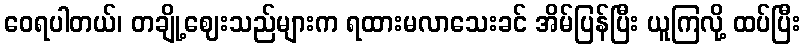
ဝေရပါတယ်၊ တချို့ဈေးသည်များက ရထားမလာသေးခင် အိမ်ပြန်ပြီး ယူကြလို့ ထပ်ပြီး